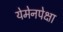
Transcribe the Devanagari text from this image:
येमेनपेक्षा